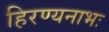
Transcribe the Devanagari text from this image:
हिरण्यनाभः